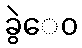
ခွဲေဝ